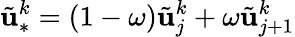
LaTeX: \tilde{\mathbf{u}}_{\ast}^{k}=(1-\omega)\tilde{\mathbf{u}}_{j}^{k}+\omega\tilde{\mathbf{u}}_{j+1}^{k}